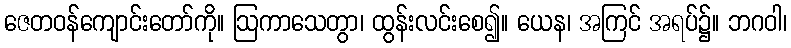
ဇေတဝန်ကျောင်းတော်ကို။ ဩကာသေတွာ၊ ထွန်းလင်းစေ၍။ ယေန၊ အကြင် အရပ်၌။ ဘဂဝါ၊